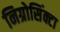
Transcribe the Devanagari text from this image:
निग्रोसिंक्टा